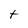
Character: t